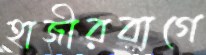
হাজীরবাগে